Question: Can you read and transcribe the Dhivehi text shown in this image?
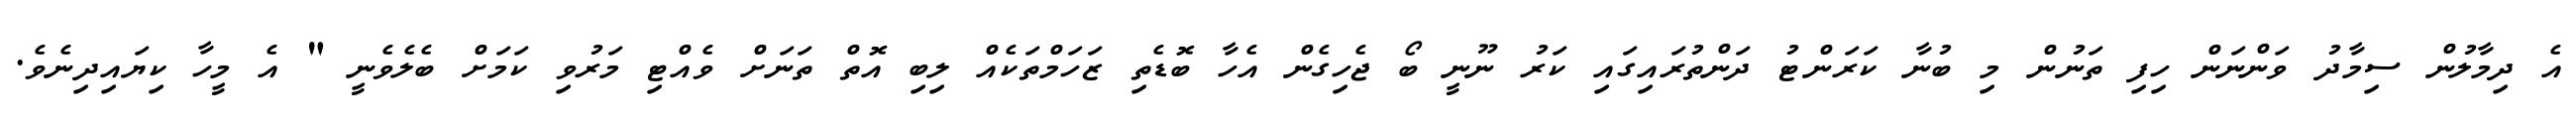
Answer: އެ ދިމާލުން ސިމާދު ވަންނަން ހިފި ތަނުން މި ބުނާ ކަރަންޓު ދަންތުރައިގައި ކަރު ނޫނީ ބޯ ޖެހިގެން އެހާ ބޮޑެތި ޒަހަމްތަކެއް ލިބި އޮތް ތަނަށް ވެއްޓި މަރުވި ކަމަށް ބެލެވެނީ " އެ މީހާ ކިޔައިދިނެވެ.